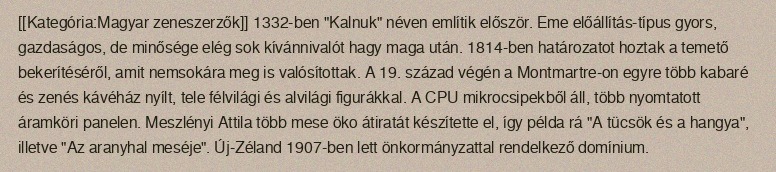
[[Kategória:Magyar zeneszerzők]] 1332-ben "Kalnuk" néven említik először. Eme előállítás-típus gyors, gazdaságos, de minősége elég sok kívánnivalót hagy maga után. 1814-ben határozatot hoztak a temető bekerítéséről, amit nemsokára meg is valósítottak. A 19. század végén a Montmartre-on egyre több kabaré és zenés kávéház nyílt, tele félvilági és alvilági figurákkal. A CPU mikrocsipekből áll, több nyomtatott áramköri panelen. Meszlényi Attila több mese öko átiratát készítette el, így példa rá "A tücsök és a hangya", illetve "Az aranyhal meséje". Új-Zéland 1907-ben lett önkormányzattal rendelkező domínium.